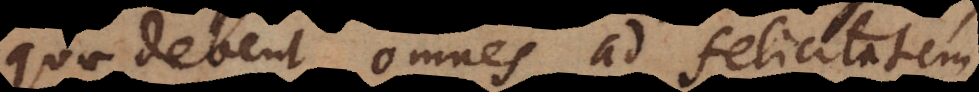
quae debent omnes ad felicitatem